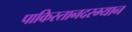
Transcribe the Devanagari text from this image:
पाकिस्तानदरम्यान